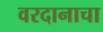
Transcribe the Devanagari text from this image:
वरदानाचा